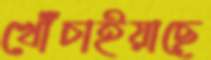
খোঁচাইয়াছে